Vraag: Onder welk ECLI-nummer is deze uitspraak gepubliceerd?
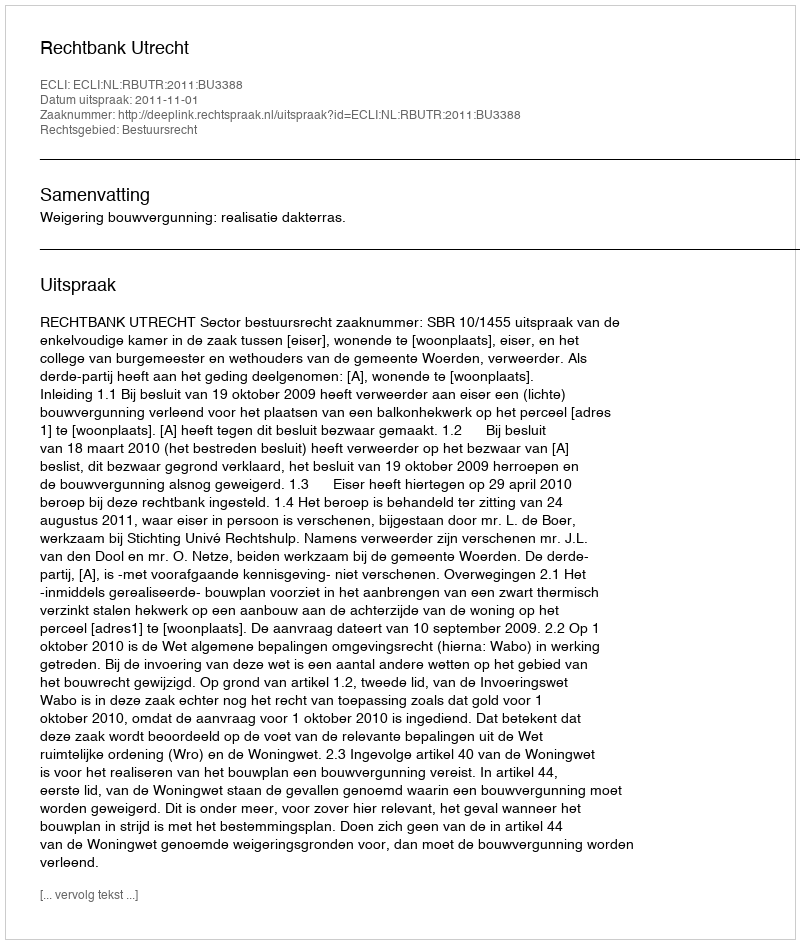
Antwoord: ECLI:NL:RBUTR:2011:BU3388